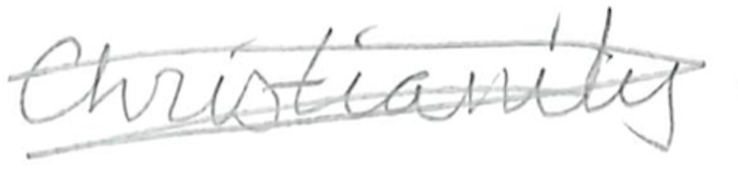
Text: Christianity
Cross-out: scratch
Writing tool: pencil